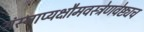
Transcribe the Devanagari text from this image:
संस्नाप्यक्षौमवस्त्रेणवेष्ट्यच